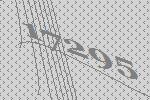
17295